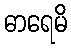
ဓာရေမိ